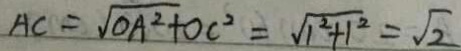
A C = \sqrt { O A ^ { 2 } + } O C ^ { 2 } = \sqrt { 1 ^ { 2 } + 1 ^ { 2 } } = \sqrt { 2 }